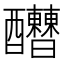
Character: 𨤇